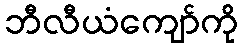
ဘီလီယံကျော်ကို